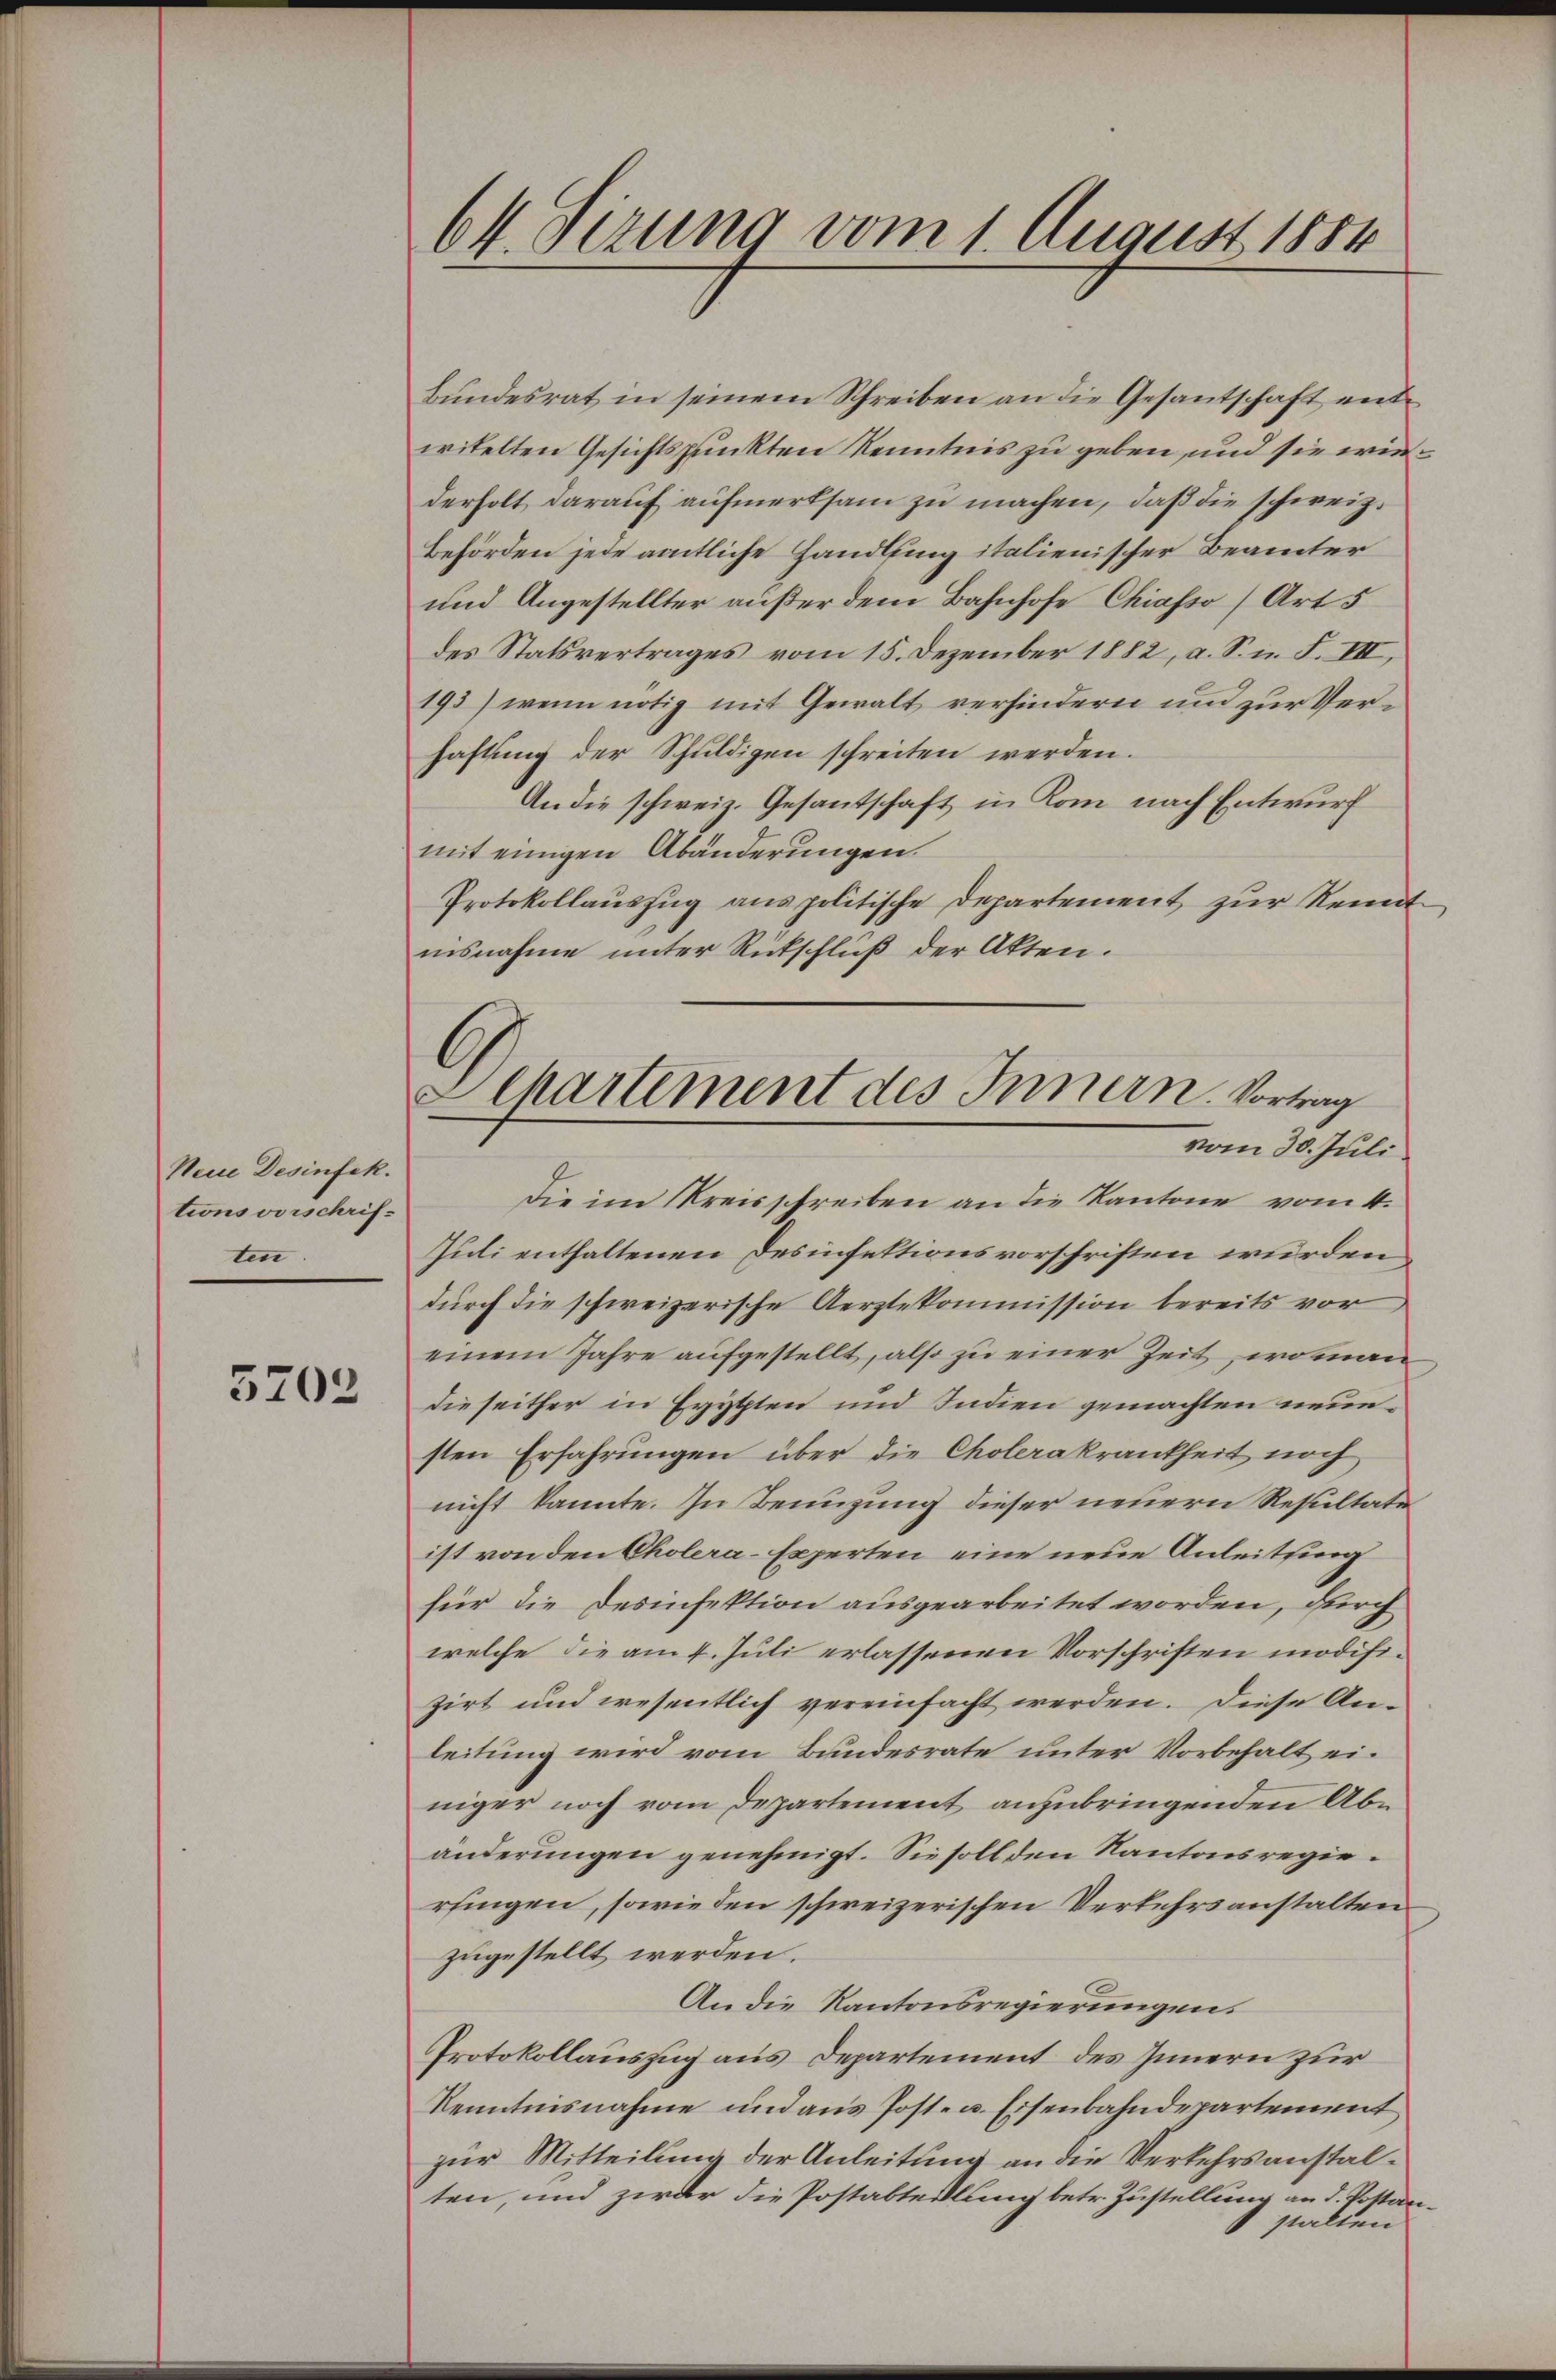
Neue Desinfek.
tionsvorschriften.

5702

64. Sizung vom 1. August 1884

Bundesrat in seinem Schreiben an die Gesantschaft entwitelten Gesichtspunkten Kenntnis zu geben, und sie wiederholt darauf aufmerksam zu machen, daß die schweiz.
Behörden jede amtliche Handlung italienischer Beamter
und Angestellter außer dem Bahnhofe Chiasso (Art. 5
des Statsvertrages vom 15. Dezember 1882, a. S. n. F. III,
193) wenn nötig mit Gewalt verhindern und zur Verhaftung der Schuldigen schreiten werden.
An die schweiz. Gesantschaft in Kom nach Entwurf
mit einigen Abänderungen.
Protokollauszug aus politische Departement zur Kenntnisnahme unter Rückschluß der Akten.
die im Kreisschreiben an die Kantone vom 4.
Juli enthaltenen Desinfektionsvorschriften wurden
durch die schweizerische Aerztekommission bereits vor
einem Jahre aufgestellt, also zu einer Zeit, wohnan
die seither in Egypten und Indien gemachten neuesten Erfahrungen über die Cholerakrankheit noch
nicht kannte. In Benuzung dieser neuern Resultate
ist von den Cholera-Experten eine neue Anleitung
für die Desinfektion ausgearbeitet worden, durch
welche die am 4. Juli erlassenen Vorschriften modifizirt und wesentlich vereinfacht werden. Diese Anleitung wird vom Bundesrate unter Vorbehalt einiger noch vom Departement anzubringenden Abänderungen genehmigt. Sie soll den Kantonsregierfingen, sowie den schweizerischen Verkehrsanstalten
zugestellt werden.
An die Kantonsregierungen.
Protokollauszug aus Departement des Innern zur
Kenntnisnahme und aus Post- u. Eisenbahndepartement
zur Mitteilung der Anleitung an die Verkehrsanstalten, und zieder die Postabteilung betr. Zustellung an d. Pottanstalten

Departement des Innern. Vortrag
vom 30. Juli